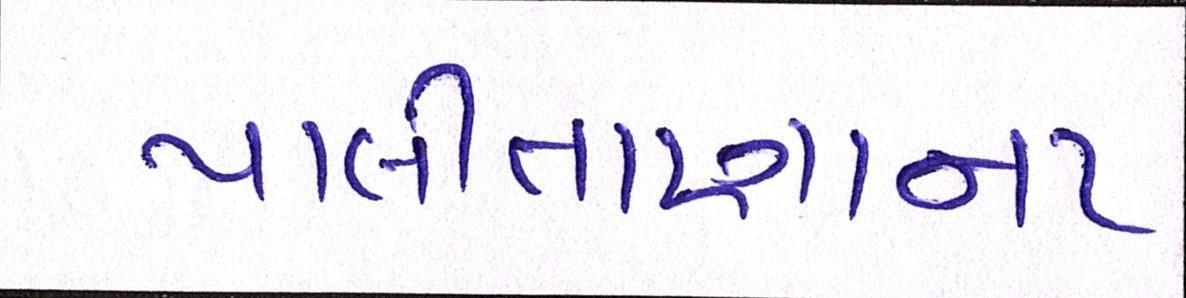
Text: પાલીતાણાના